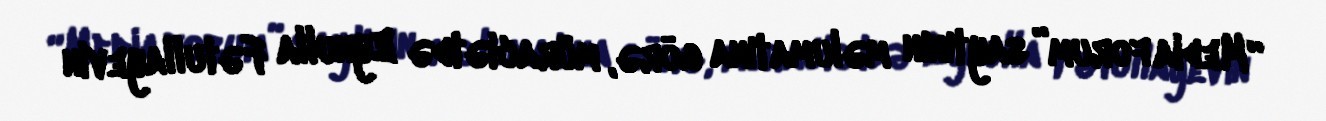
“Media forum” saytının məlumatına görə, müraciətdə Eynulla Fətullayevin